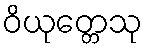
ဝိယုတ္တေသု